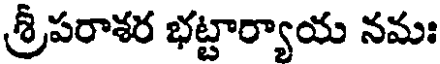
శ్రీపరాశర భట్టార్యాయ నమః